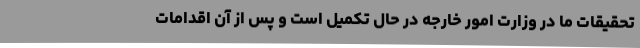
تحقیقات ما در وزارت امور خارجه در حال تکمیل است و پس از آن اقدامات